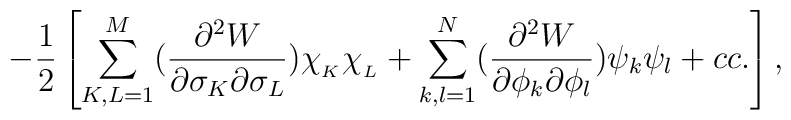
-\frac{1}{2}\left[ \sum_{K,L =1}^{M}(\frac{\partial^2W}{\partial \sigma_K \partial\sigma_L})\chi_{_K} \chi_{_L} + \sum_{k,l =1}^{N}(\frac{\partial^2 W}{\partial \phi_k\partial \phi_l})\psi_k \psi_l  + cc.\right],